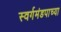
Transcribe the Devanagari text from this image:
स्वर्गमंडपाच्या